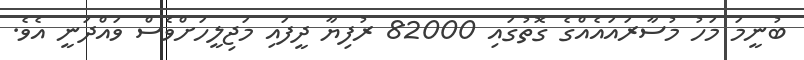
ބުނީމަ މަހު މުސާރައައެއްގެ ގޮތުގައި 82000 ރުފިޔާ ދީފައި މަޖިލީހަށްވެސް ވައްދަނީ އެވެ.